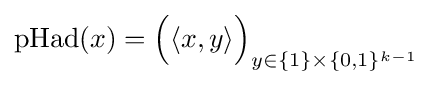
{\text{pHad}}(x)={\Big (}\langle x,y\rangle {\Big )}_{y\in \{1\}\times \{0,1\}^{k-1}}